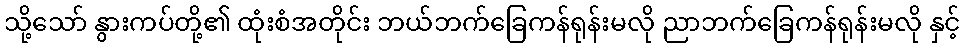
သို့သော် နွားကပ်တို့၏ ထုံးစံအတိုင်း ဘယ်ဘက်ခြေကန်ရုန်းမလို ညာဘက်ခြေကန်ရုန်းမလို နှင့်